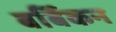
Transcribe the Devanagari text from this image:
बर्बिकन